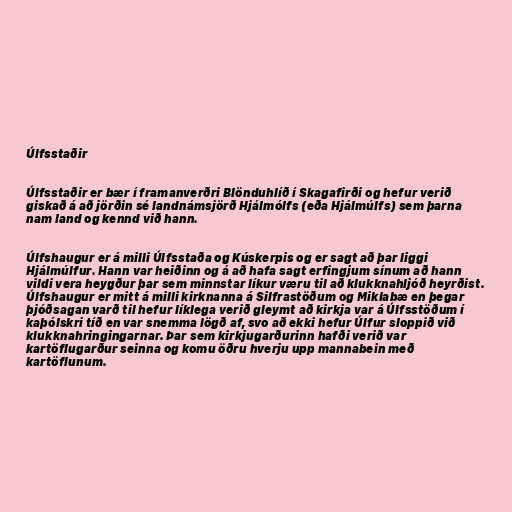
Úlfsstaðir

Úlfsstaðir er bær í framanverðri Blönduhlíð í Skagafirði og hefur verið
giskað á að jörðin sé landnámsjörð Hjálmólfs (eða Hjálmúlfs) sem þarna
nam land og kennd við hann.

Úlfshaugur er á milli Úlfsstaða og Kúskerpis og er sagt að þar liggi
Hjálmúlfur. Hann var heiðinn og á að hafa sagt erfingjum sínum að hann
vildi vera heygður þar sem minnstar líkur væru til að klukknahljóð heyrðist.
Úlfshaugur er mitt á milli kirknanna á Silfrastöðum og Miklabæ en þegar
þjóðsagan varð til hefur líklega verið gleymt að kirkja var á Úlfsstöðum í
kaþólskri tíð en var snemma lögð af, svo að ekki hefur Úlfur sloppið við
klukknahringingarnar. Þar sem kirkjugarðurinn hafði verið var
kartöflugarður seinna og komu öðru hverju upp mannabein með
kartöflunum.